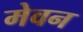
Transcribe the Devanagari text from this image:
मेवन